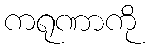
ကရုဏာကို